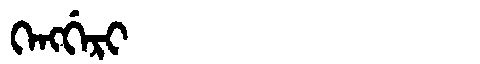
Manchu: ᡴᡝᠩᡤᡝᡵᡳ
Romanization: KENGGERI